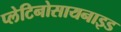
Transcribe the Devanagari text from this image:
प्लेटिनोसायनाइड